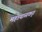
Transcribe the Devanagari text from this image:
महायासकृत